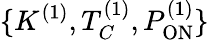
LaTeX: \{ K^{(1)},T_{C}^{(1)},P_{\mathrm{ON}}^{(1)}\}